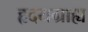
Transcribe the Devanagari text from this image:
हृदयग्राह्य